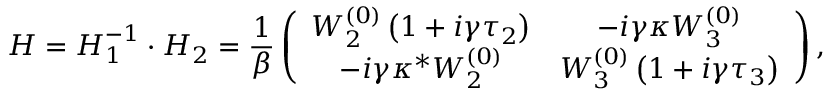
\boldsymbol { H } = \boldsymbol { H } _ { 1 } ^ { - 1 } \cdot \boldsymbol { H } _ { 2 } = \frac { 1 } { \beta } \left( \begin{array} { c c } { W _ { 2 } ^ { ( 0 ) } \left( 1 + i \gamma \tau _ { 2 } \right) } & { - i \gamma \kappa W _ { 3 } ^ { ( 0 ) } } \\ { - i \gamma \kappa ^ { * } W _ { 2 } ^ { ( 0 ) } } & { W _ { 3 } ^ { ( 0 ) } \left( 1 + i \gamma \tau _ { 3 } \right) } \end{array} \right) ,